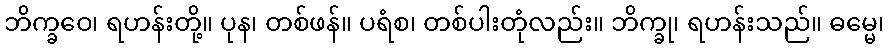
ဘိက္ခဝေ၊ ရဟန်းတို့။ ပုန၊ တစ်ဖန်။ ပရံစ၊ တစ်ပါးတုံလည်း။ ဘိက္ခု၊ ရဟန်းသည်။ ဓမ္မေ၊